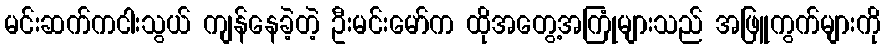
မင်းဆက်ကငါးသွယ် ကျန်နေခဲ့တဲ့ ဦးမင်းမော်က ထိုအတွေ့အကြုံများသည် အဖြူကွက်များကို